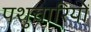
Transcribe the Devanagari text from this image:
पशुचारियों